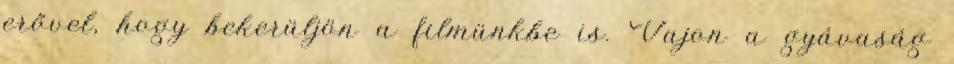
erővel, hogy bekerüljön a filmünkbe is. Vajon a gyávaság